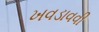
ખવડાવવી